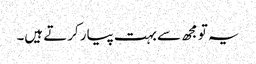
یہ تو مجھ سے بہت پیار کرتے ہیں۔